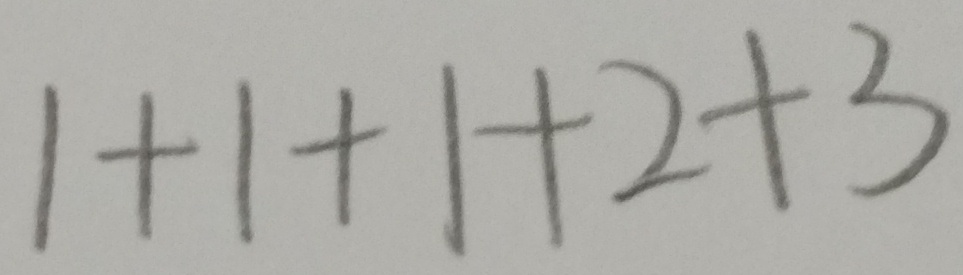
1 + 1 + 1 + 2 + 3